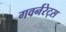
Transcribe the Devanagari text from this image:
गवर्नरेट्स